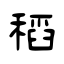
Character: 稻